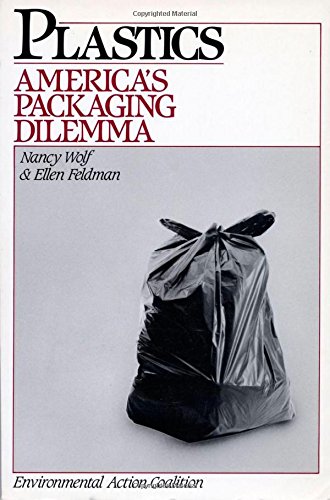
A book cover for Plastics: America's Packaging Dilemma (Island Press Critical Issues Series); Ellen Feldman; Science & Math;